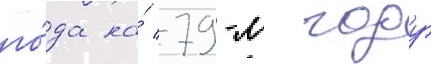
го́да на́ 79-м году